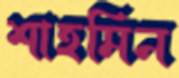
শাহমিন